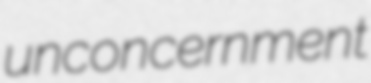
unconcernment